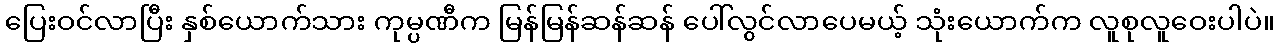
ပြေးဝင်လာပြီး နှစ်ယောက်သား ကုမ္ပဏီက မြန်မြန်ဆန်ဆန် ပေါ်လွင်လာပေမယ့် သုံးယောက်က လူစုလူဝေးပါပဲ။